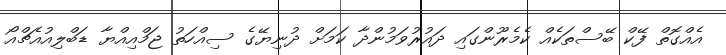
އެއްގޮތް ފޭކް ބޭސްތަކެއް ކެމެރޫންގައި ދައުރުވަމުންދާ ކަމަށް ދުނިޔޭގެ ސިއްހަތު ޖަމްއިއްޔާ ޑަބްލިއުއެޗްއޯ